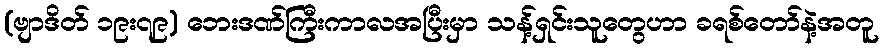
(ဗျာဒိတ် ၁၉း၇၉) ဘေးဒဏ်ကြီးကာလအပြီးမှာ သန့်ရှင်းသူတွေဟာ ခရစ်တော်နဲ့အတူ